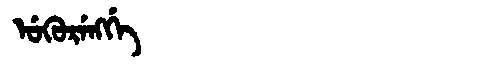
Manchu: ᡠᡴᡠᡵᡝᠩᡤᡝ
Romanization: UKURENGGE